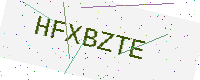
Text: HFXBZTE